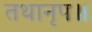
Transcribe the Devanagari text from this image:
तथानृप॥